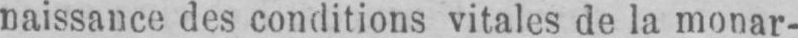
naissance des conditions vitales de la monar-